Report on vaccination in Madras 1895-1903 - 1895-1903
Year: 1895
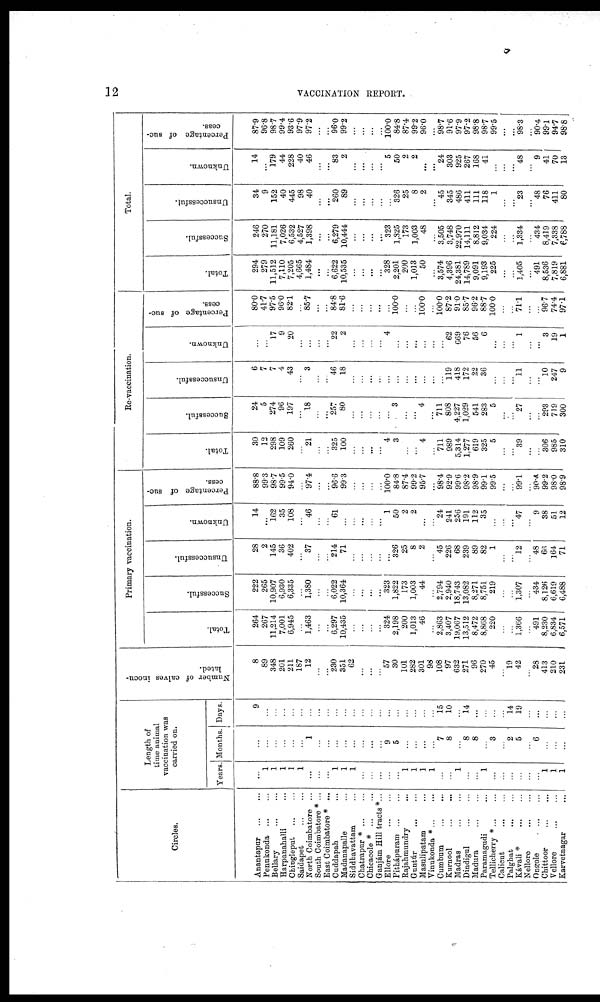
12
VACCINATION REPORT.
Circles.
Anantapur
...
...
Penukonda
...
...
Bellary
...
...
Harpanahalli ...
Chingleput
...
...
Saidapet
...
...
North Coimbatore ...
South Coimbatore * ...
East Coimbatore * ...
Cuddapah ...
Madanapalle ...
Siddbavattam ...
Chatrapur * ... ...
Chicacole * ... ...
Ganjám Hill tracts *...
Ellore
...
...
Pithápuram
...
...
Rajahmundry ...
Guntúr
...
...
Masulipatam ...
Vinukonda * ... ...
Cumbum
...
...
Kurnool
...
...
Madras
...
...
Dindigul
...
...
Madura
...
...
Paramagudi ...
Tellicherry
*... ...
Calicut
...
...
Palghat
... ...
Kávali * ... ...
Nellore
...
...
Ongole
...
...
Chittoor
...
...
Vellore
...
...
Karvetnagar
... ...
Length of
time animal
vaccination was
carried on.
Years.
...
1
1
1
1
1
...
...
...
1
1
1
...
...
...
...
...
1
1
1
1
...
...
1
...
...
1
...
...
...
...
...
...
1
1
1
Months.
...
...
...
...
...
...
1
...
...
...
...
...
...
...
...
9
5
...
...
...
...
7
8
...
8
8
...
3
...
2
5
...
6
...
...
...
Days.
9
...
...
...
...
...
...
...
...
...
...
...
...
...
...
...
...
...
...
...
...
15
10
...
14
...
...
...
...
14
19
...
...
...
...
...
Number of calves inocu-
lated.
8
89
348
201
211
187
12
...
...
230
351
62
...
...
...
57
30
101
282
301
98
108
97
632
271
96
270
45
...
19
42
...
28
413
210
231
Primary vaccination.
Total.
264
267
11,214
7,001
6,945
...
1,463
...
...
6,297
10,435
...
...
...
...
324
2,198
200
1,013
46
...
2,863
3,407
19,067
13,512
8,472
8,868
220
...
...
1,366
...
491
8,230
6,834
6,571
Successful.
222
265
10,907
6,930
6,335
...
1,380
...
...
6,022
10,364
...
...
...
...
323
1,822
173
1,003
44
...
2,794
2,940
18,743
13,082
8,271
8,751
219
...
...
1,307
...
434
8,126
6,619
6,488
Unsuccessful.
28
2
145
36
402
...
37
...
...
214
71
...
...
...
...
...
326
25
8
2
...
45
226
68
239
89
82
1
...
...
12
...
48
66
164
71
Unknown.
14
...
162
35
108
...
46
...
...
61
...
...
...
...
...
1
50
2
2
...
...
24
241
256
191
112
35
...
...
...
47
...
9
38
51
12
Percentage of suc-
cess.
88.8
99.3
98.7
99.5
94.0
...
97.4
...
...
96.6
99.3
...
...
...
...
100.0
84.8
87.4
99.2
95.7
...
98.4
92.9
99.6
98.2
98.9
99.1
99.5
...
...
99.1
...
90.4
99.2
98.0
98.9
Re-vaccination.
Total.
30
12
298
109
260
...
21
...
...
325
100
...
...
...
...
4
3
...
...
4
...
711
989
5,314
1,277
619
325
5
...
...
39
...
...
306
985
310
Successful.
24
5
274
96
197
...
18
...
...
257
80
...
...
...
...
...
3
...
...
4
...
711
808
4,227
1,029
541
283
5
...
...
27
...
...
293
719
300
Unsuccessful.
6
7
7
4
43
...
3
...
...
46
18
...
...
...
...
...
...
...
...
...
...
...
119
418
172
22
36
...
...
...
11
...
...
10
247
9
Unknown.
...
...
17
9
20
...
...
...
...
22
2
...
...
...
...
4
...
...
...
...
...
...
62
669
76
56
6
...
...
...
1
...
...
3
19
1
Percentage of suc-
cess.
80.0
41.7
97.5
96.0
82.1
...
85.7
...
...
84.8
81.6
...
...
...
...
...
100.0
...
...
100.0
...
100.0
87.2
91.0
85.7
96.2
88.7
100.0
...
...
71.1
...
...
96.7
74.4
97.1
Total.
Total.
294
279
11,512
7,110
7,205
4,665
1,484
...
...
6,622
10,535
...
...
...
...
328
2,201
200
1,013
50
...
3,574
4,396
24,381
14,789
9,091
9,193
225
...
...
1,405
...
491
8,536
7,819
6,881
Successful.
246
270
11,181
7,026
6,532
4,527
1,398
...
...
6,279
10,444
...
...
...
...
323
1,825
173
1,003
48
...
3,505
3,748
22,970
14,111
8,812
9,034
224
...
...
1,334
...
434
8,419
7,338
6,788
Unsuccessful.
34
9
152
40
445
98
40
...
...
260
89
...
...
...
...
...
326
25
8
2
...
45
345
486
411
111
118
1
...
...
23
...
48
76
411
80
Unknown.
14
...
179
44
228
40
46
...
...
83
2
...
...
...
...
5
50
2
2
...
...
24
303
925
267
168
41
...
...
...
48
...
9
41
70
13
Percentage of suc-
cess.
87.9
96.8
98.7
99.4
93.6
97.9
97.2
...
...
96.0
99.2
...
...
...
...
100.0
84.8
87.4
99.2
96.0
...
98.7
91.6
97.9
97.2
98.8
98.7
99.5
...
...
98.3
...
90.4
99.1
94.7
98.8